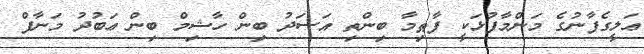
ޢަލީގެފާނުގެ މަންމާފުޅަކީ ފާޠިމާ ބިންތި އަސަދު ބިން ހާޝިމް ބިން ޢަބުދު މަނާފް